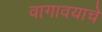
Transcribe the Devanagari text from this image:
वागावयाचे